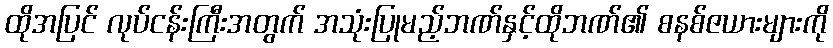
ထိုအပြင် လုပ်ငန်းကြီးအတွက် အသုံးပြုမည့်ဘဏ်နှင့်ထိုဘဏ်၏ စနစ်ဇယားများကို